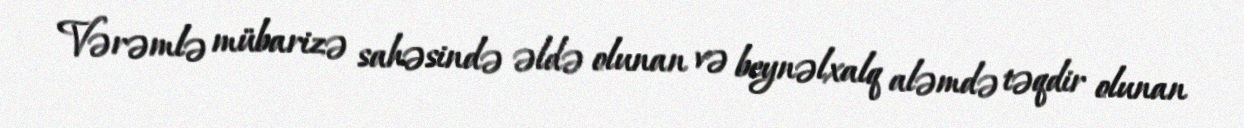
Vərəmlə mübarizə sahəsində əldə olunan və beynəlxalq aləmdə təqdir olunan